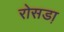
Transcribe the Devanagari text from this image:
रोसडा़